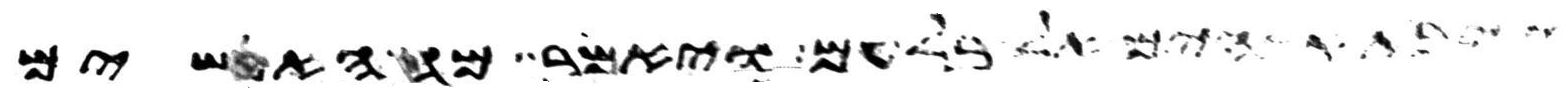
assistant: אלהים אל בלעם ויאמר מה האנשים